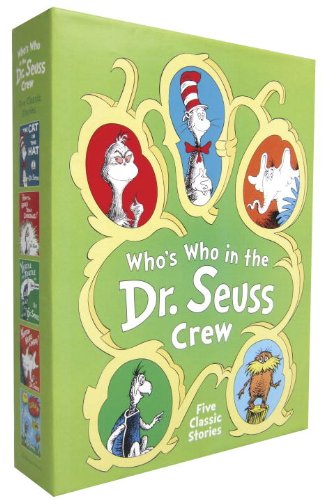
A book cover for Who's Who in the Dr. Seuss Crew: A Dr. Seuss Boxed Set; Dr. Seuss; Children's Books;